65_HS1-834228961_62-HQ-83894_Section_5
Agency: FBI
Page 36
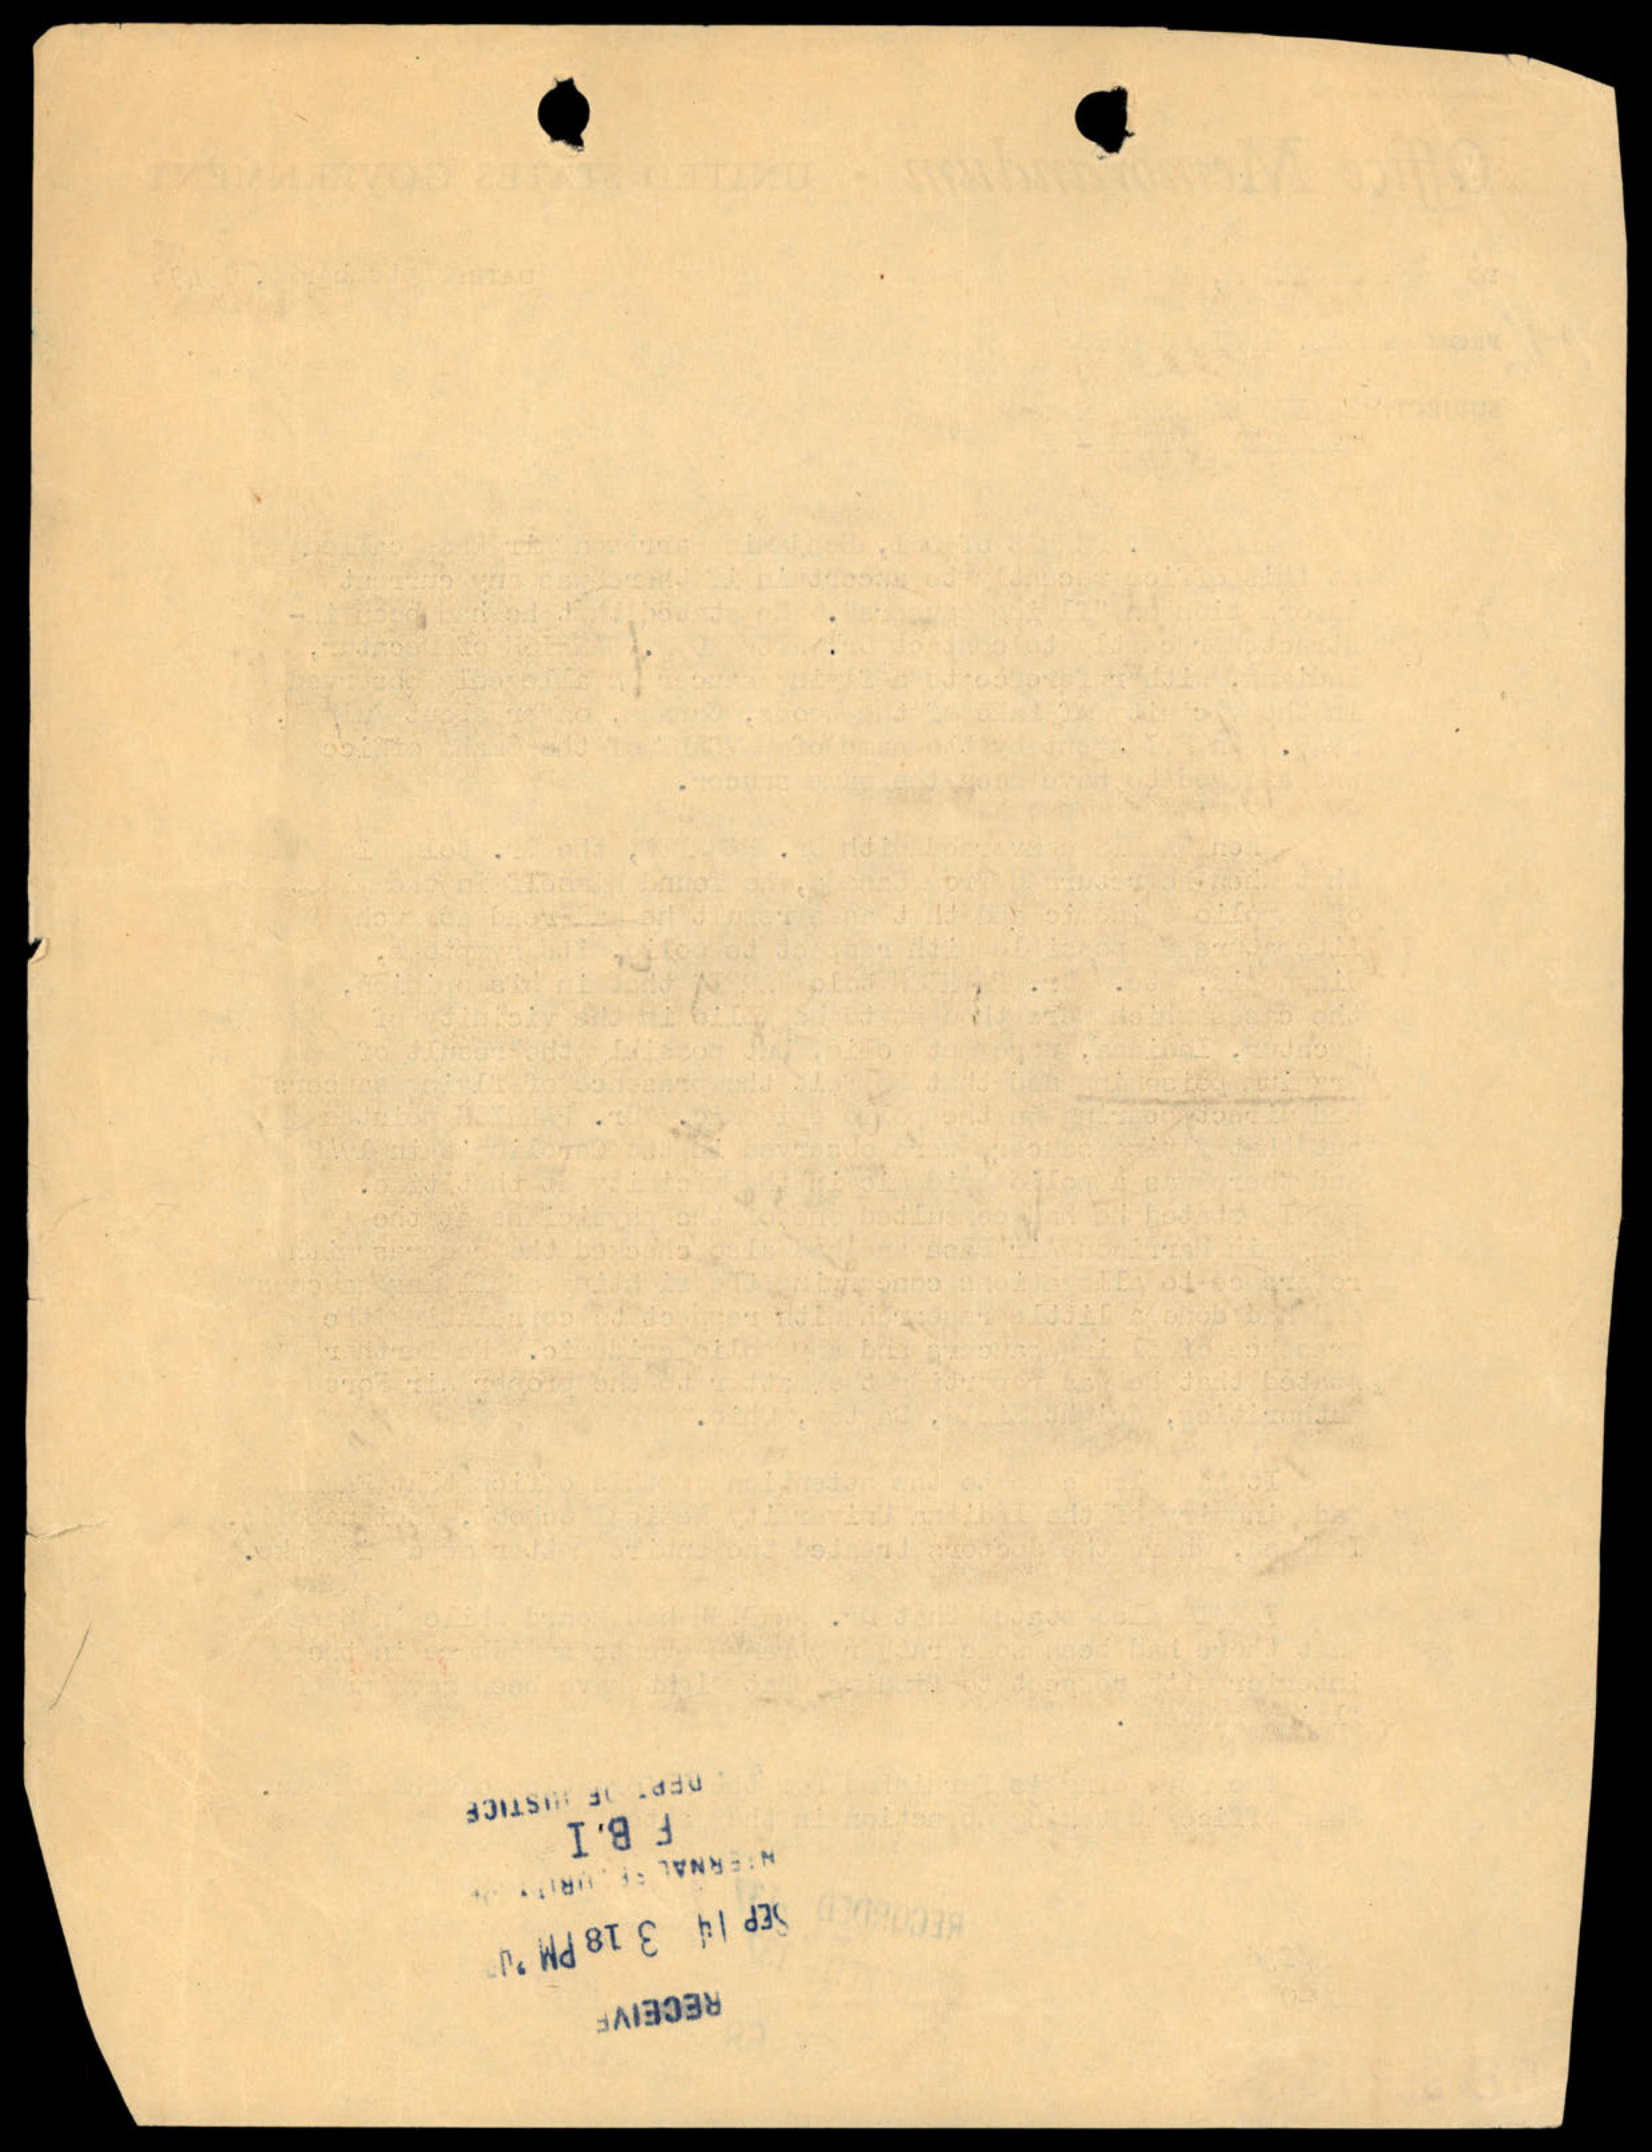